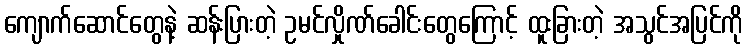
ကျောက်ဆောင်တွေနဲ့ ဆန်းပြားတဲ့ ဥမင်လှိုဏ်ခေါင်းတွေကြောင့် ထူးခြားတဲ့ အသွင်အပြင်ကို